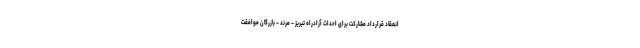
انعقاد قرارداد مشارکت برای احداث آزادراه تبریز – مرند – بازرگان موافقت